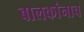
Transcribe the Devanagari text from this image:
बालकांनाच